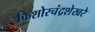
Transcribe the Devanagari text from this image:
किशोरचंद्रशेखरे